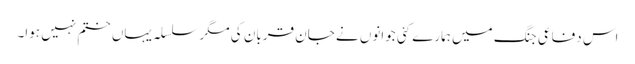
اس دفاعی جنگ میں ہمارے کئی جوانوں نے جان قربان کی مگر سلسلہ یہاں ختم نہیں ہوا۔